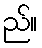
ည်။